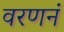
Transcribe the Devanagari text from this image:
वरणनं